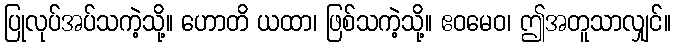
ပြုလုပ်အပ်သကဲ့သို့။ ဟောတိ ယထာ၊ ဖြစ်သကဲ့သို့။ ဧဝမေဝ၊ ဤအတူသာလျှင်။